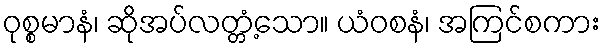
ဝုစ္စမာနံ၊ ဆိုအပ်လတ္တံ့သော။ ယံဝစနံ၊ အကြင်စကား